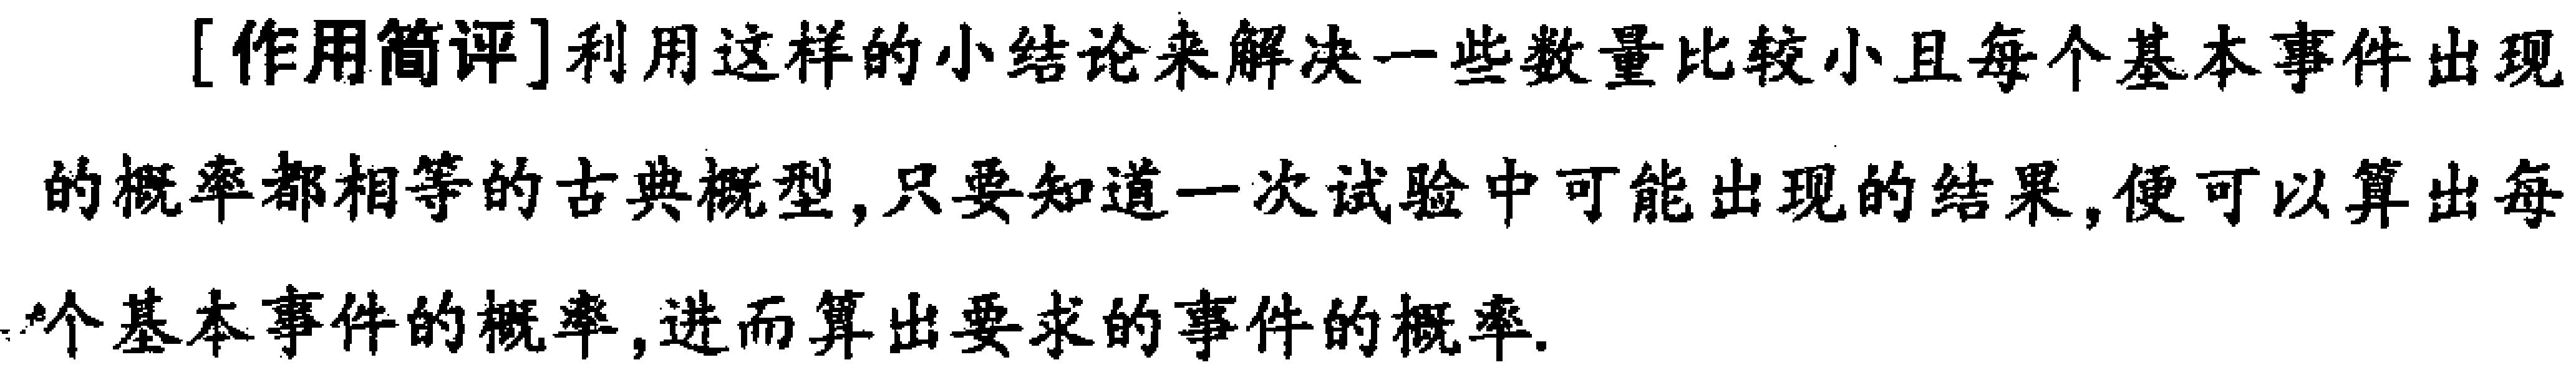
[作用简评]利用这样的小结论来解决一些数量比较小且每个基本事件出现的概率都相等的古典概型,只要知道一次试验中可能出现的结果,便可以算出每个基本事件的概率,进而算出要求的事件的概率.